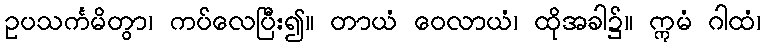
ဥပသင်္ကမိတွာ၊ ကပ်လေပြီး၍။ တာယံ ဝေလာယံ၊ ထိုအခါ၌။ ဣမံ ဂါထံ၊